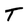
Character: T